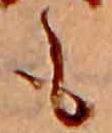
も